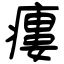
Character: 瘻